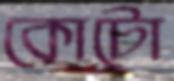
কোটো